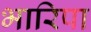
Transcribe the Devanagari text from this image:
भारिपा